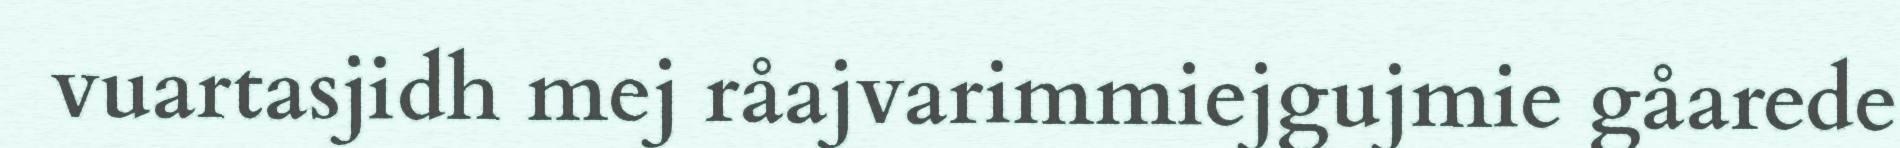
vuartasjidh mej råajvarimmiejgujmie gåarede